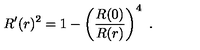
R ^ { \prime } ( r ) ^ { 2 } = 1 - \left( { \frac { R ( 0 ) } { R ( r ) } } \right) ^ { 4 } \ .